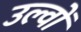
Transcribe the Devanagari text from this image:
उल्वों